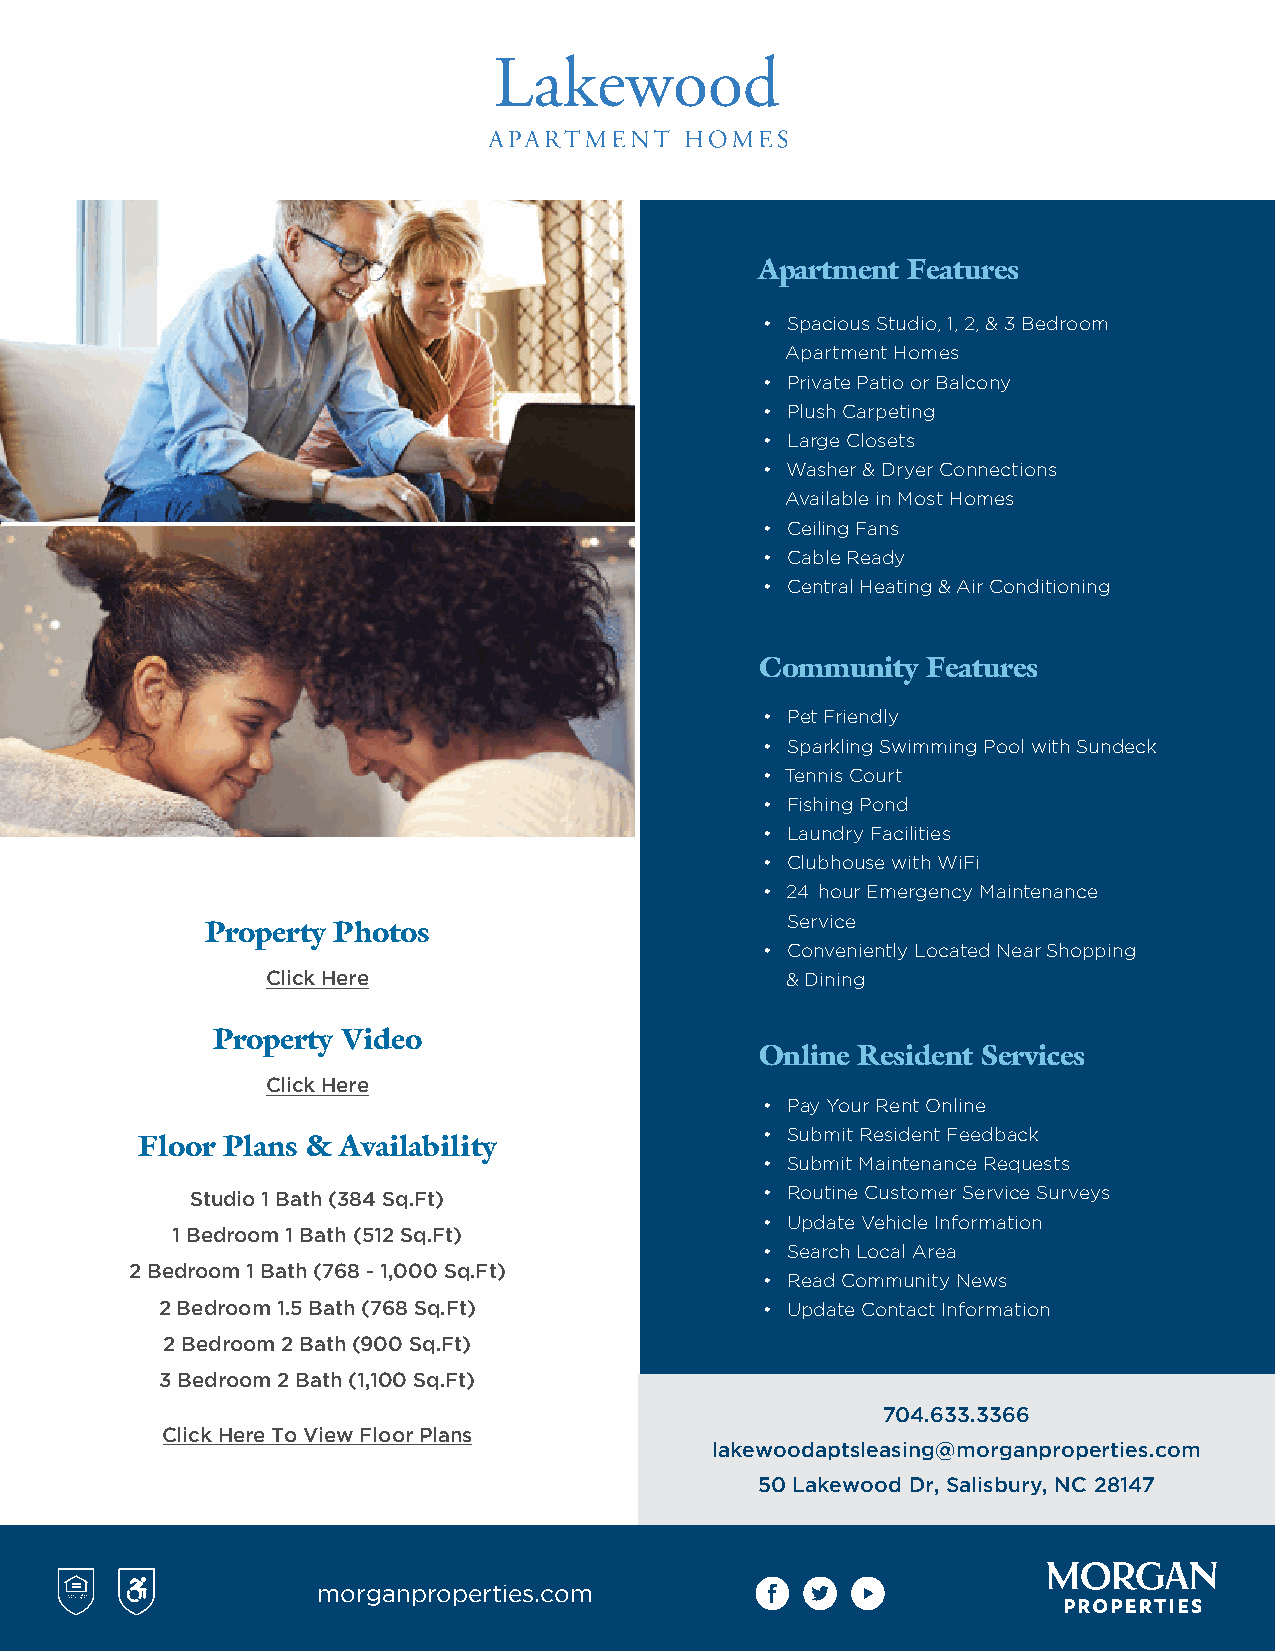
Lakewood
 APARTMENT    HOMES
 Apartment Features
 • Spacious Studio, 1, 2, & 3 Bedroom
 Apartment Homes
 • Private Patio or Balcony
 • Plush Carpeting
 • Large Closets
 • Washer & Dryer Connections
 Available in Most Homes
 • Ceiling Fans
 • Cable Ready
 • Central Heating & Air Conditioning
 Community  Features
 • Pet Friendly
 • Sparkling Swimming Pool with Sundeck
 • Tennis Court
 • Fishing Pond
 • Laundry Facilities
 • Clubhouse with WiFi
 • 24 -hour Emergency Maintenance
 Service
 Property Photos
 • Conveniently Located Near Shopping
 Click Here                        & Dining
 Property Video
 Online Resident Services
 Click Here
 • Pay Your Rent Online
 • Submit Resident Feedback
 Floor Plans & Availability
 • Submit Maintenance Requests
 Studio 1 Bath (384 Sq.Ft)            • Routine Customer Service Surveys
 • Update Vehicle Information
 1 Bedroom 1 Bath (512 Sq.Ft)
 • Search Local Area
 2 Bedroom 1 Bath (768 - 1,000 Sq.Ft)
 • Read Community News
 2 Bedroom 1.5 Bath (768 Sq.Ft)         • Update Contact Information
 2 Bedroom 2 Bath (900 Sq.Ft)
 3 Bedroom 2 Bath (1,100 Sq.Ft)
 704.633.3366
 Click Here To View Floor Plans
 lakewoodaptsleasing@morganproperties.com
 50 Lakewood Dr, Salisbury, NC 28147
 r@l r:i7         morganproperties.com         000                MORGAN
 Q
 ~                                                             PROPERTIES